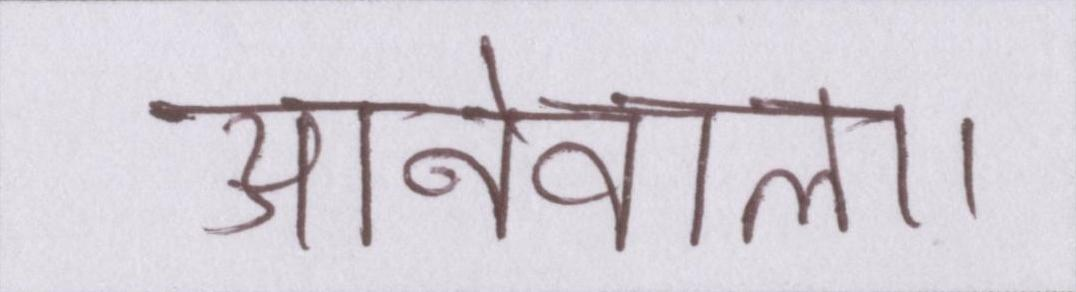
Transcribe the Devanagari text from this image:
आनेवाला।